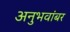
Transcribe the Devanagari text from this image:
अनुभवांबर